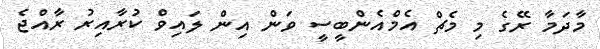
މާދަމާ ރޭގެ މި މެޗް އެމްއެންބީސީ ވަން އިން ލައިވް ކުރާއިރު ރާއްޖެ